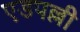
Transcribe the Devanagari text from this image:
एडपल्ली